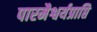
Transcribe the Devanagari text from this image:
पारमैश्वर्यप्राप्ति